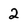
Character: 2